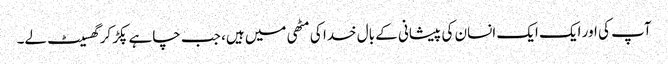
آپ کی اور ایک ایک انسان کی پیشانی کے بال خدا کی مٹھی میں ہیں، جب چاہے پکڑ کر گھسیٹ لے۔